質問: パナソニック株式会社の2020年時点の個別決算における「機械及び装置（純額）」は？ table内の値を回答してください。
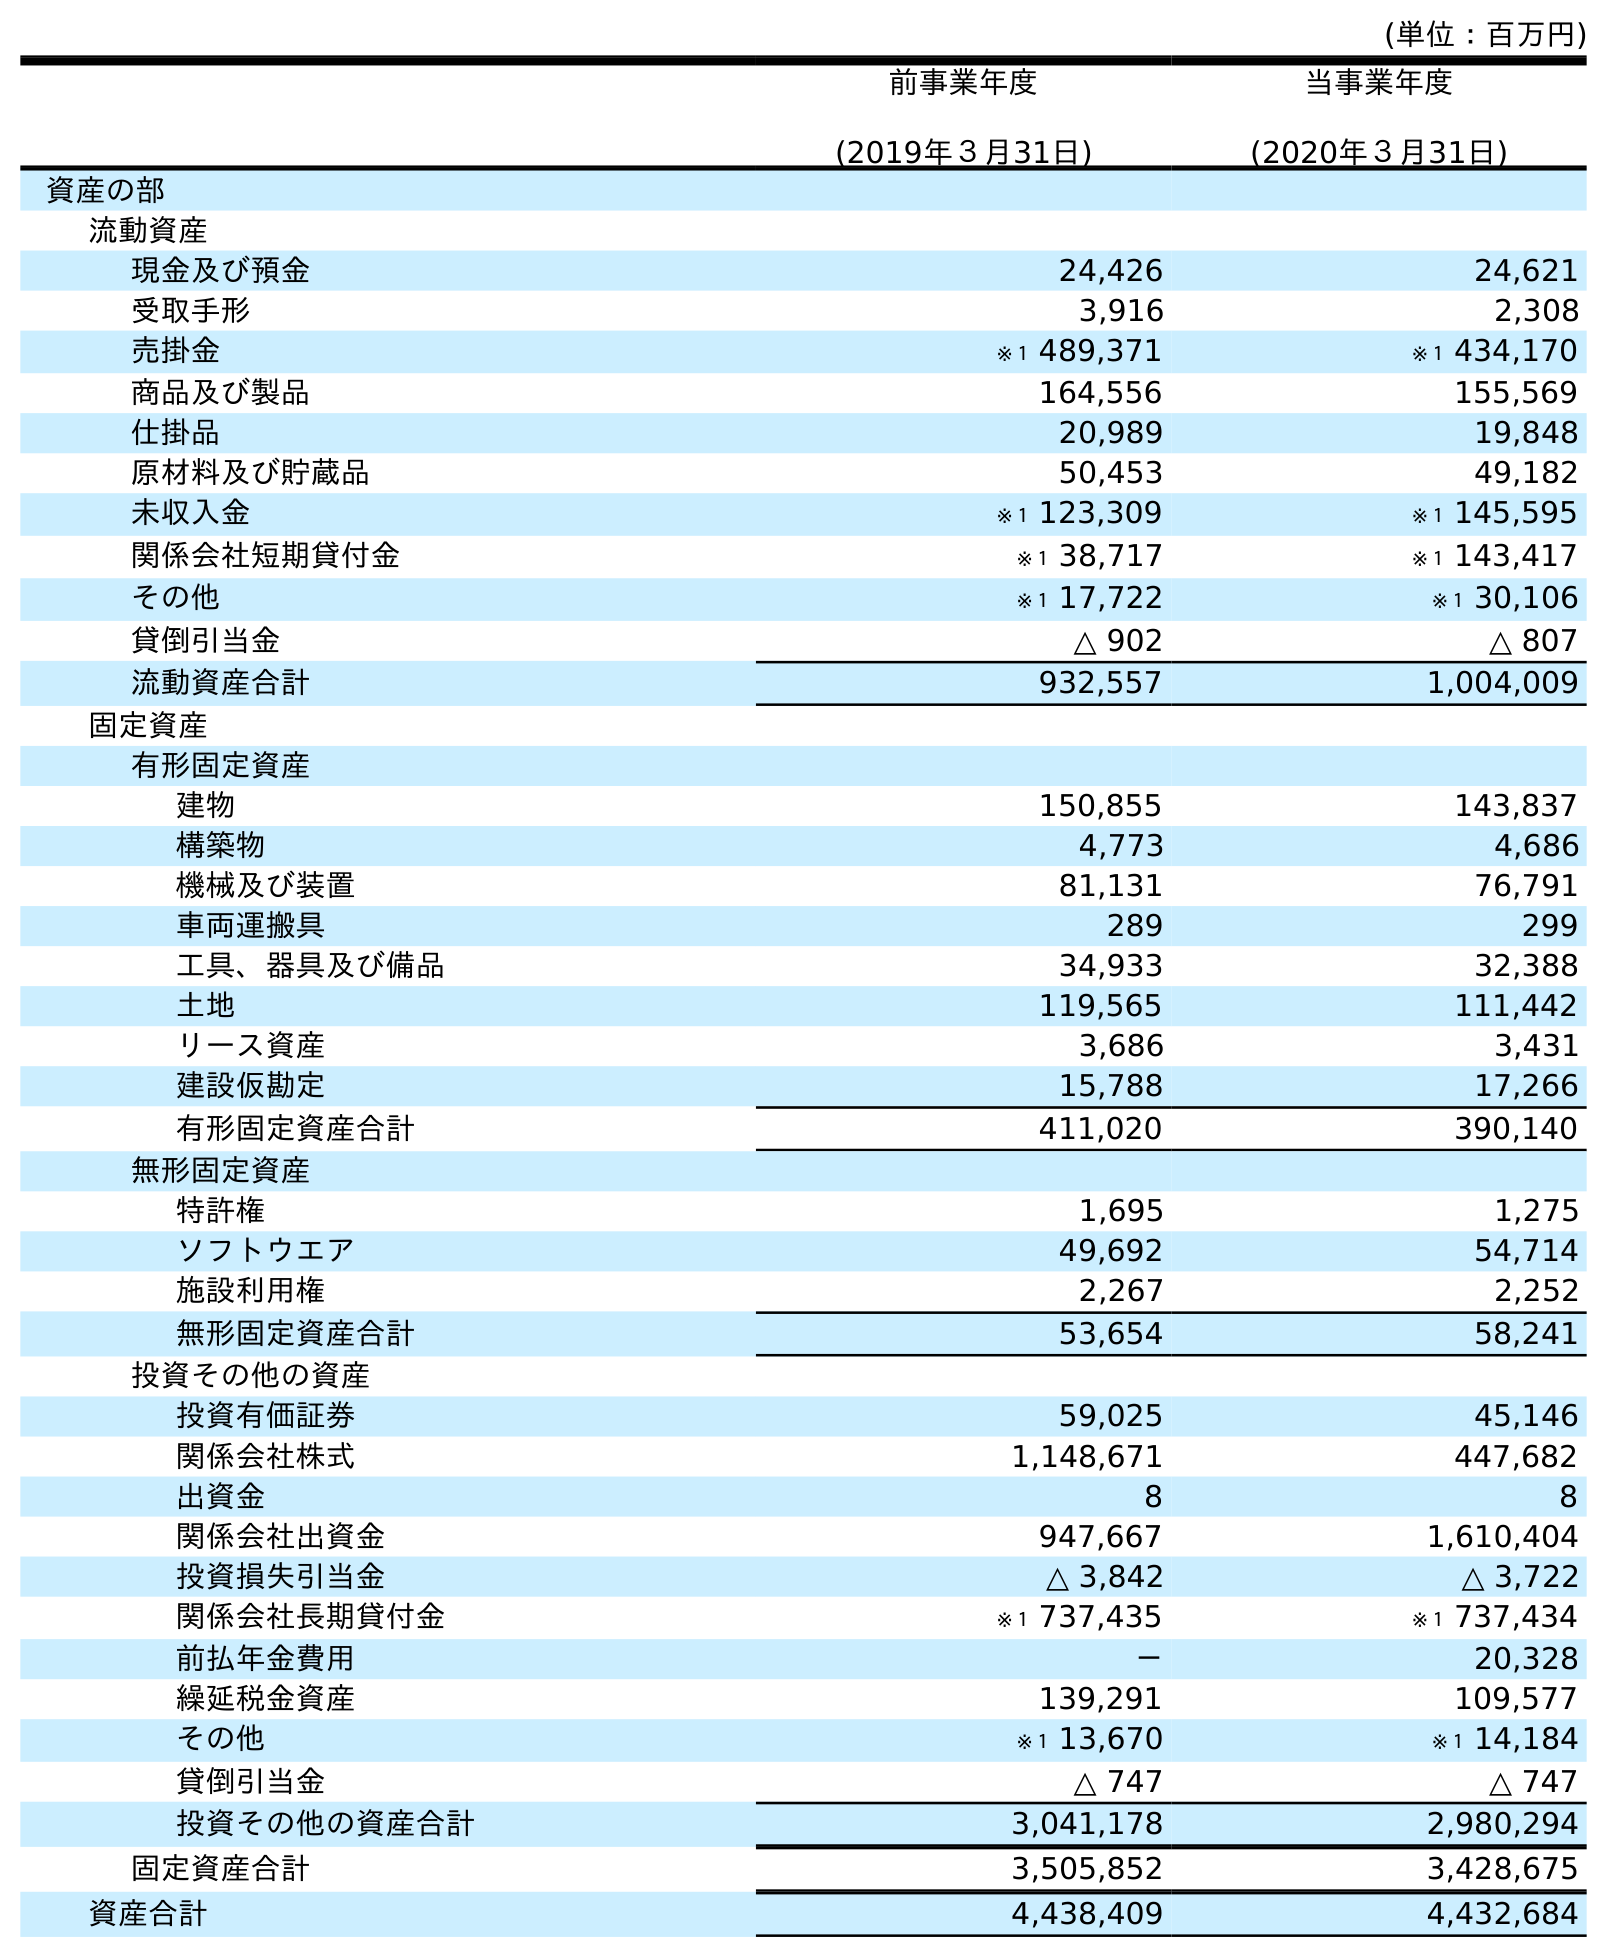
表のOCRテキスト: (単位：百万円) 前事業年度 (2019年３月31日) 当事業年度 (2020年３月31日) 資産の部 流動資産 現金及び預金 24,426 24,621 受取手形 3,916 2,308 売掛金 ※１ 489,371 ※１ 434,170 商品及び製品 164,556 155,569 仕掛品 20,989 19,848 原材料及び貯蔵品 50,453 49,182 未収入金 ※１ 123,309 ※１ 145,595 関係会社短期貸付金 ※１ 38,717 ※１ 143,417 その他 ※１ 17,722 ※１ 30,106 貸倒引当金 △ 902 △ 807 流動資産合計 932,557 1,004,009 固定資産 有形固定資産 建物 150,855 143,837 構築物 4,773 4,686 機械及び装置 81,131 76,791 車両運搬具 289 299 工具、器具及び備品 34,933 32,388 土地 119,565 111,442 リース資産 3,686 3,431 建設仮勘定 15,788 17,266 有形固定資産合計 411,020 390,140 無形固定資産 特許権 1,695 1,275 ソフトウエア 49,692 54,714 施設利用権 2,267 2,252 無形固定資産合計 53,654 58,241 投資その他の資産 投資有価証券 59,025 45,146 関係会社株式 1,148,671 447,682 出資金 8 8 関係会社出資金 947,667 1,610,404 投資損失引当金 △ 3,842 △ 3,722 関係会社長期貸付金 ※１ 737,435 ※１ 737,434 前払年金費用 － 20,328 繰延税金資産 139,291 109,577 その他 ※１ 13,670 ※１ 14,184 貸倒引当金 △ 747 △ 747 投資その他の資産合計 3,041,178 2,980,294 固定資産合計 3,505,852 3,428,675 資産合計 4,438,409 4,432,684
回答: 76,791